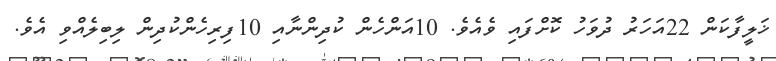
ޚަލީފާކަން 22އަހަރު ދުވަހު ކޮށްފައި ވެއެވެ. 10އަންހެން ކުދިންނާއި 10ފިރިހެންކުދިން ލިބިލެއްވި އެވެ.